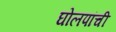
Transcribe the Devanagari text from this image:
घोलपांची